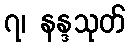
၇၊ နန္ဒသုတ်